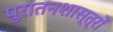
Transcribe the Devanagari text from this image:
पुरातनशास्त्रों